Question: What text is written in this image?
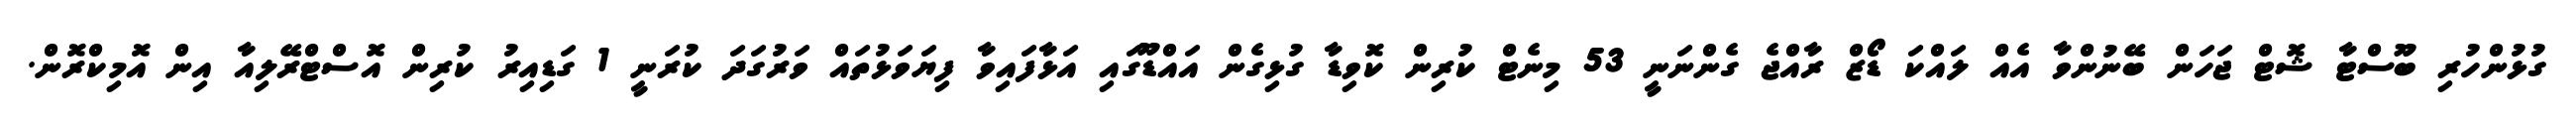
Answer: ގުޅުންހުރި ބޫސްޓާ ޝޮޓް ޖަހަން ބޭނުންވާ އެއް ލައްކަ ޑޯޒް ރާއްޖެ ގެންނަނީ 53 މިނެޓް ކުރިން ކޮވިޑާ ގުޅިގެން އައްޑޫގައި އަޅާފައިވާ ފިޔަވަޅުތައް ވަރުގަދަ ކުރަނީ 1 ގަޑިއިރު ކުރިން އޮސްޓްރޭލިއާ އިން އޮމިކްރޮން.